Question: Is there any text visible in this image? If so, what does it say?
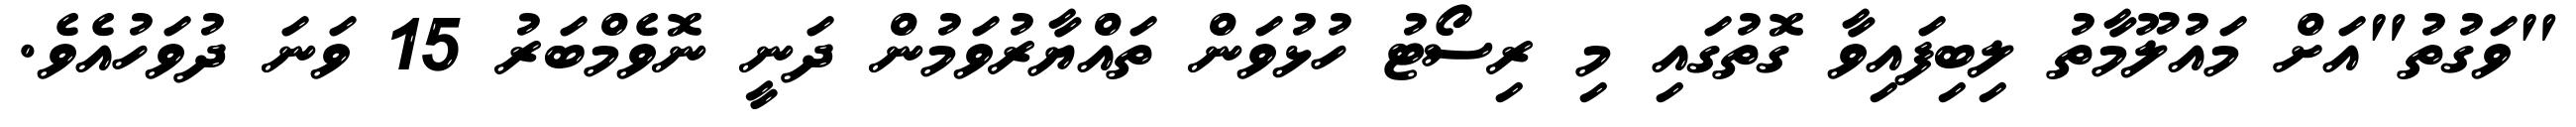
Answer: "ވަގުތު"އަށް މައުލޫމާތު ލިބިފައިވާ ގޮތުގައި މި ރިސޯޓު ހުޅުވަން ތައްޔާރުވަމުން ދަނީ ނޮވެމްބަރު 15 ވަނަ ދުވަހުއެވެ.